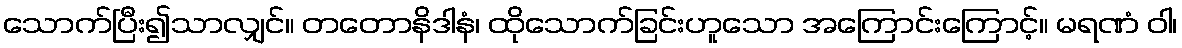
သောက်ပြီး၍သာလျှင်။ တတောနိဒါနံ၊ ထိုသောက်ခြင်းဟူသော အကြောင်းကြောင့်။ မရဏံ ဝါ၊